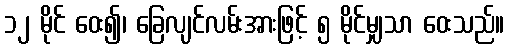
၁၂ မိုင် ဝေး၍၊ ခြေလျင်လမ်းအားဖြင့် ၅ မိုင်မျှသာ ဝေးသည်။